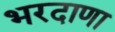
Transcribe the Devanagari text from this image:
भरदाणा